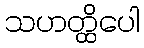
သဟတ္ထိပေါ